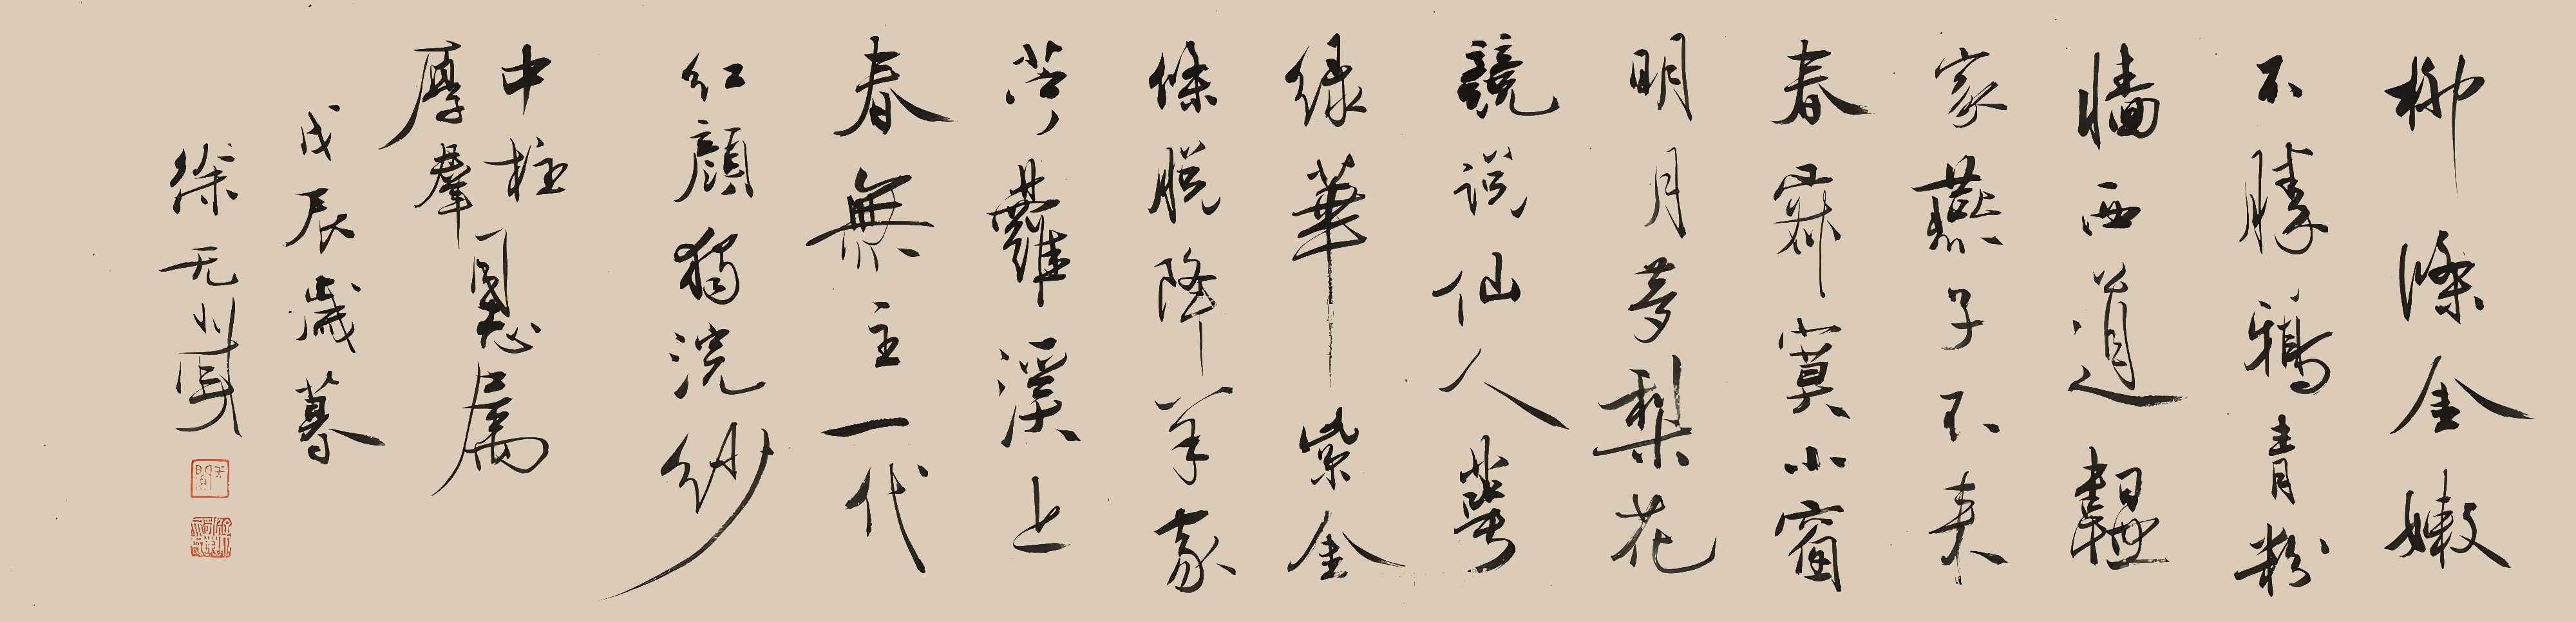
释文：柳条金嫩不胜鸦，青粉墙西道韫家。燕子不来春寂寞，小窗明月梦梨花。镜说仙人萼绿华，紫金条脱降羊家。黄灌溪上春无主，一代红颜独浣纱。中柱厚群同志属，戊辰岁暮，徐无闻。